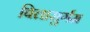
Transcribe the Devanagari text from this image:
बिलासुर्गम